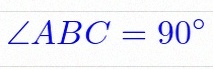
\angle ABC=90^\circ